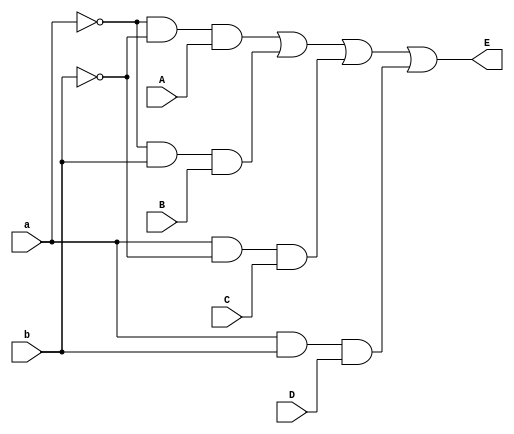
`timescale 1ns / 1ps


module inv(
    input a, b, A, B, C, D,
    output E
    );
    assign E = ((~a)&(~b)&A) | ((~a)&(b)&B) | (a&(~b)&C) | (a&b&D);
endmodule